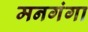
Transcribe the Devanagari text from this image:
मनगंगा